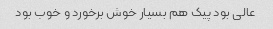
عالی بود پیک هم بسیار خوش برخورد و خوب بود